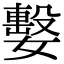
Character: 𡢖